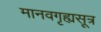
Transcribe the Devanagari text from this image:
मानवगृह्यसूत्र